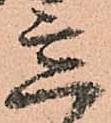
意